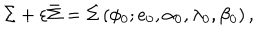
LaTeX: \Sigma + \varepsilon \bar { \Sigma } = \Sigma \left( \phi _ { 0 } ; e _ { 0 } , \alpha _ { 0 } , \lambda _ { 0 } , \beta _ { 0 } \right) ,